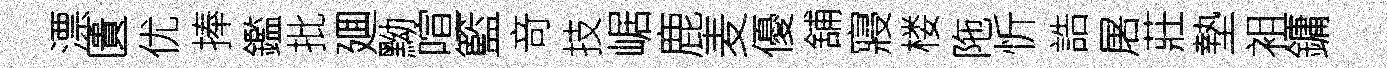
漂匱优捧鑑批廽黝喧籃竒技崌鹿麦優舖寢楼陁忻誥屠莊墊袓鏞